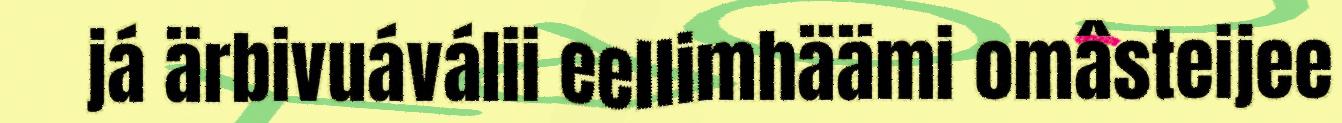
já ärbivuáválii eellimhäämi omâsteijee